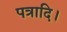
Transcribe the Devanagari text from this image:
पत्रादि।